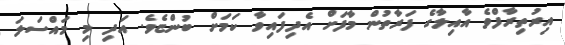
އިރުތިރާފްވެ އާއިލާގެ ފަރާތުން މާފަށް އެދިފައިވާ ކަމަށް ބުންޏެވެ. އަދި މި މައްސަލަ